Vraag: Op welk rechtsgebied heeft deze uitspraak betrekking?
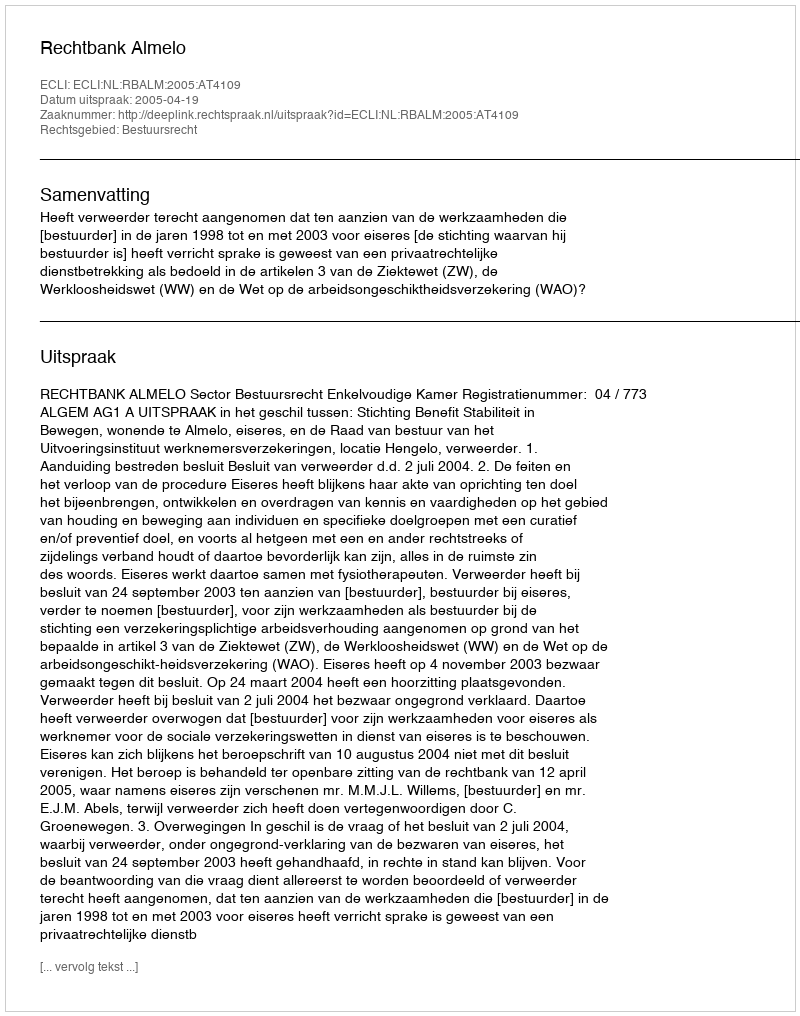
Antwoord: Bestuursrecht